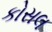
કોસલ